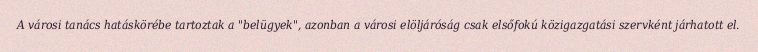
A városi tanács hatáskörébe tartoztak a "belügyek", azonban a városi elöljáróság csak elsőfokú közigazgatási szervként járhatott el.